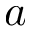
a